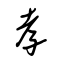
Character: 孝